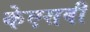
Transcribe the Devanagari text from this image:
केएसबी